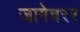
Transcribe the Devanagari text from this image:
जागेवरर